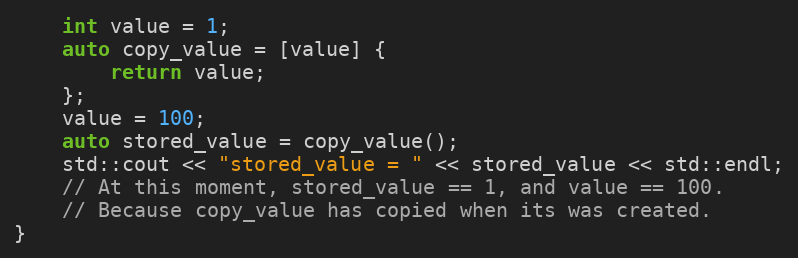
Language: C++
    int value = 1;
    auto copy_value = [value] {
        return value;
    };
    value = 100;
    auto stored_value = copy_value();
    std::cout << "stored_value = " << stored_value << std::endl;
    // At this moment, stored_value == 1, and value == 100.
    // Because copy_value has copied when its was created.
}